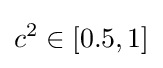
c^{2}\in [0.5,1]